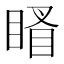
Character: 䁊